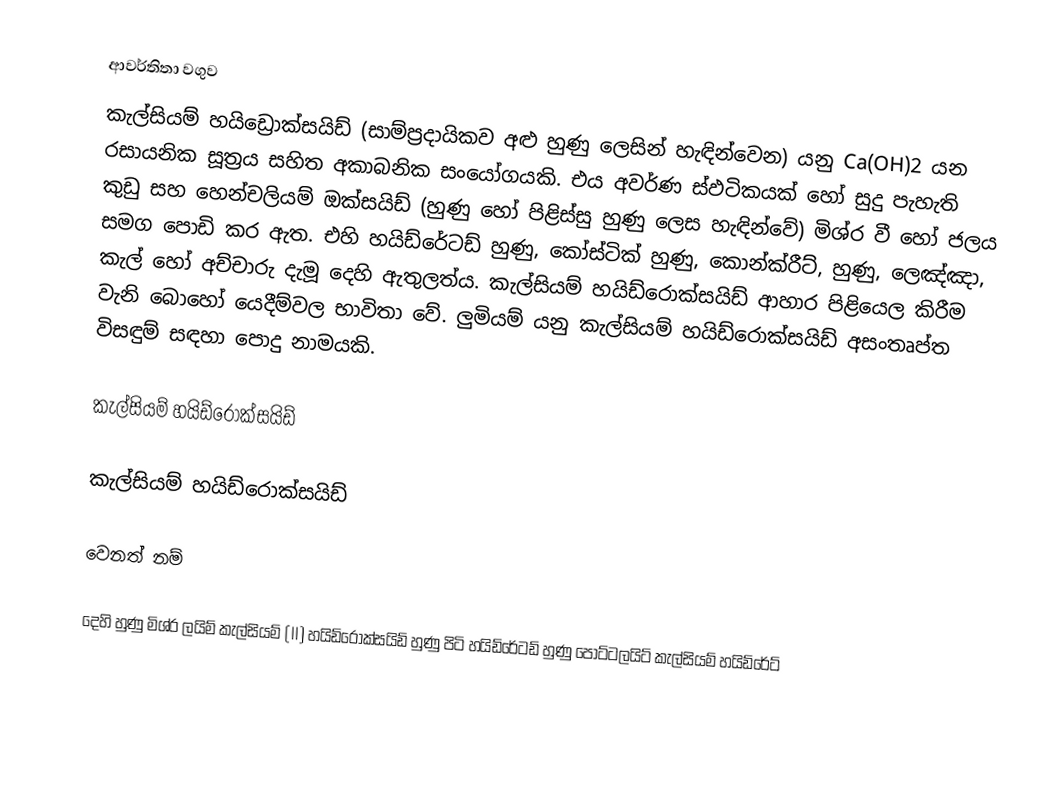
ආවර්තිතා වගුව
කැල්සියම් හයිඩ්‍රොක්සයිඩ්  (සාම්ප්‍රදායිකව අළු හුණු ලෙසින් හැඳින්වෙන) යනු Ca(OH)2 යන රසායනික සූත්‍රය සහිත අකාබනික සංයෝගයකි. එය අවර්ණ ස්ඵටිකයක් හෝ සුදු පැහැති කුඩු සහ හෙන්චලියම් ඔක්සයිඩ් (හුණු හෝ පිළිස්සු හුණු ලෙස හැඳින්වේ) මිශ්ර වී හෝ ජලය සමග පොඩි කර ඇත. එහි හයිඩ්රේටඩ් හුණු, කෝස්ටික් හුණු, කොන්ක්රීට්, හුණු, ලෙඤ්ඤා, කැල් හෝ අච්චාරු දැමූ දෙහි ඇතුලත්ය. කැල්සියම් හයිඩ්රොක්සයිඩ් ආහාර පිළියෙල කිරීම වැනි බොහෝ යෙදීම්වල භාවිතා වේ. ලුමියම් යනු කැල්සියම් හයිඩ්රොක්සයිඩ් අසංතෘප්ත විසඳුම් සඳහා පොදු නාමයකි.

කැල්සියම් හයිඩ්රොක්සයිඩ්

කැල්සියම් හයිඩ්රොක්සයිඩ්

වෙනත් නම්

දෙහි හුණු මිශ්ර ලයිම් කැල්සියම් (II) හයිඩ්රොක්සයිඩ් හුණු පිටි හයිඩ්රේටඩ් හුණු පොට්ටලයිට් කැල්සියම් හයිඩ්රේට්